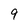
Character: 9